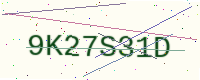
Text: 9K27S31D